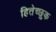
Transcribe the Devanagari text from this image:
हितेच्छुक